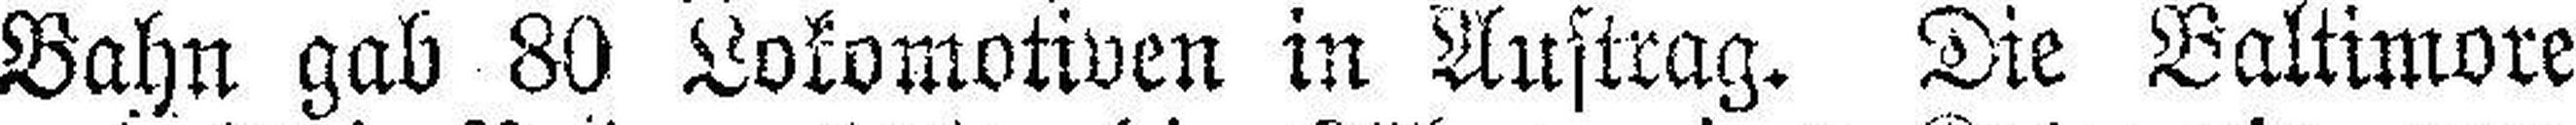
Bahn gab 80 Lokomotiven in Auftrag, Die Baltimore